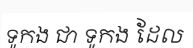
ទូកង ជា ទូកង ដែល